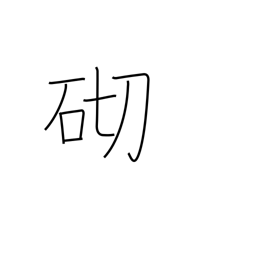
Meaning: occasion